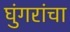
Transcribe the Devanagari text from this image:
घुंगरांचा